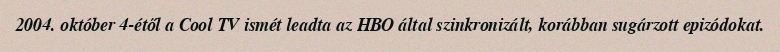
2004. október 4-étől a Cool TV ismét leadta az HBO által szinkronizált, korábban sugárzott epizódokat.